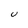
Character: U